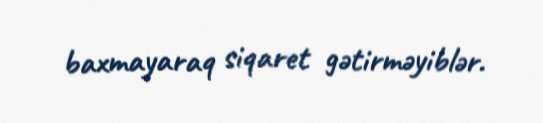
baxmayaraq siqaret gətirməyiblər.